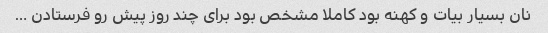
نان بسیار بیات و کهنه بود کاملا مشخص بود برای چند روز پیش رو فرستادن …